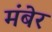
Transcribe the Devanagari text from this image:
मंबेर